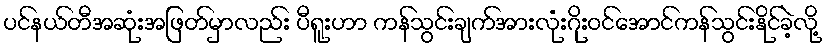
ပင်နယ်တီအဆုံးအဖြတ်မှာလည်း ပီရူးဟာ ကန်သွင်းချက်အားလုံးဂိုးဝင်အောင်ကန်သွင်းနိုင်ခဲ့လို့